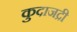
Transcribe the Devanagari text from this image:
कुदाजद्री